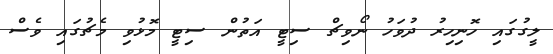
ލީގުގައި ހޮނިހިރު ދުވަހު ނޯވިޗް ސިޓީ އަތުން ސިޓީ މޮޅުވި މެޗުގައި ވެސް